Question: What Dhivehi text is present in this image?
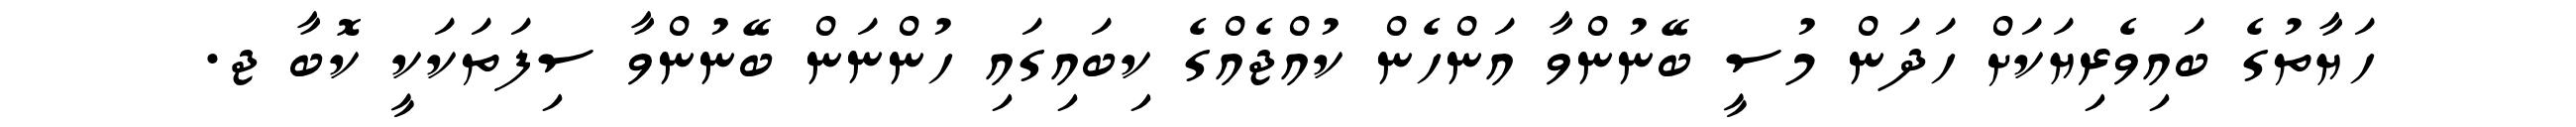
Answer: ހަޔާތުގެ ބައިވެރިޔަކަށް ހަދަން މުސީ ބޭނުންވާ އަންހެން ކުއްޖެއްގެ ކިބައިގައި ހުންނަން ބޭނުންވާ ސިފަތަކަކީ ކޮބާ ޖ.